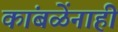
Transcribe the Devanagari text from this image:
कांबळेंनाही